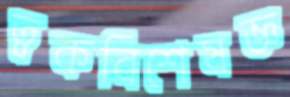
ত্বকবিশেষজ্ঞ